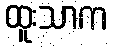
ထူးသာက